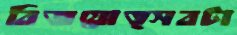
বিজয়োত্সবটা